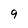
Character: 9